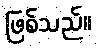
ဖြစ်သည်။